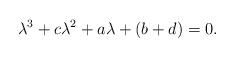
\begin{align*}\lambda^{3}+c\lambda^{2}+a\lambda+(b+d)=0.\end{align*}